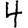
Digit: 4